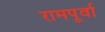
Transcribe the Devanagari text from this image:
रामपूर्वा